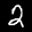
Label: 2